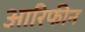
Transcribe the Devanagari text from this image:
आरिफीन